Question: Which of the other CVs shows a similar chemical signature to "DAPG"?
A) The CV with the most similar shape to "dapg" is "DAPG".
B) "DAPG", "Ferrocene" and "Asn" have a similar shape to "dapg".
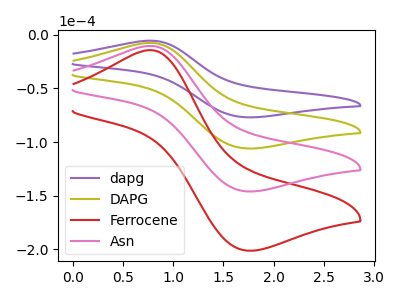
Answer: <think>The purple curve "dapg" has an anodic peak at (0.80V, -5.45uA) and a cathodic peak at (1.75V, -76.85uA). The olive curve "DAPG" has an anodic peak at (0.80V, -7.55uA) and a cathodic peak at (1.75V, -105.90uA). The red curve "Ferrocene" has an anodic peak at (0.80V, -22.60uA) and a cathodic peak at (1.75V, -317.70uA). The pink curve "Asn" has an anodic peak at (0.80V, -15.05uA) and a cathodic peak at (1.75V, -211.80uA).
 All the peaks in "dapg" have a peak in "DAPG" at the same potential. All the peaks in "dapg" have a peak in "Ferrocene" at the same potential. All the peaks in "dapg" have a peak in "Asn" at the same potential. All the peaks in "DAPG" have a peak in "Ferrocene" at the same potential. All the peaks in "DAPG" have a peak in "Asn" at the same potential. All the peaks in "Ferrocene" have a peak in "Asn" at the same potential.</think>
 <answer>B) "DAPG", "Ferrocene" and "Asn" have a similar shape to "dapg".</answer>
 <eval>B</eval>